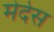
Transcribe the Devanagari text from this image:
मेदेस